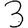
Digit: 3